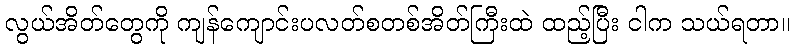
လွယ်အိတ်တွေကို ကျန်ကျောင်းပလတ်စတစ်အိတ်ကြီးထဲ ထည့်ပြီး ငါက သယ်ရတာ။